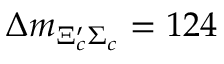
\Delta m _ { \Xi _ { c } ^ { \prime } \Sigma _ { c } } = 1 2 4